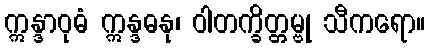
ဣန္ဒာဝုဓံ ဣန္ဒဓနု၊ ဝါတက္ခိတ္တမ္ဗု သီကရော။